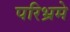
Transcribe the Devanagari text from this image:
परिभ्रमे